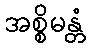
အစ္စိမန္တံ